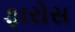
ફારોસ